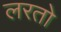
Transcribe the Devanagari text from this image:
लरतो